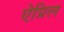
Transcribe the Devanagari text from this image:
ऐप्रिल